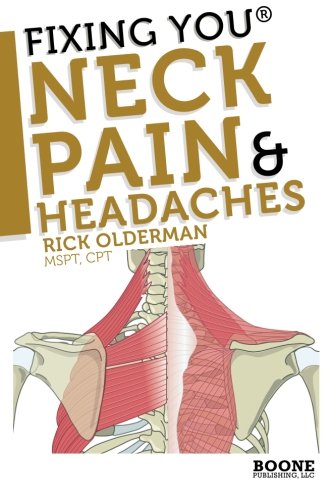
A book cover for Fixing You: Neck Pain & Headaches: Self-Treatment for healing Neck pain and headaches due to Bulging Disks, Degenerative Disks, and other diagnoses.; Rick Olderman MSPT; Health, Fitness & Dieting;